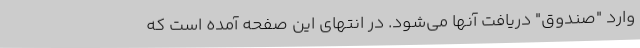
وارد "صندوق‌" دریافت آنها می‌شود. در انتهای این صفحه آمده است که